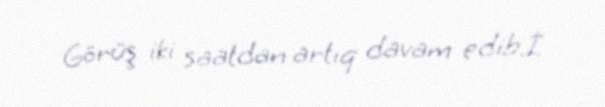
Görüş iki saatdan artıq davam edib.İ.